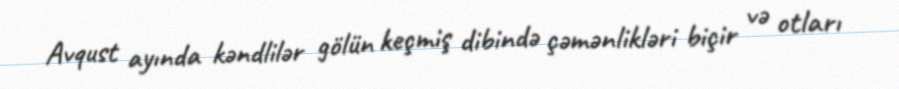
Avqust ayında kəndlilər gölün keçmiş dibində çəmənlikləri biçir və otları